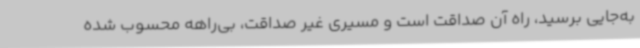
به‌جایی برسید، راه آن صداقت است و مسیری غیر صداقت، بی‌راهه محسوب شده